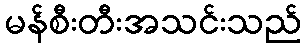
မန်စီးတီးအသင်းသည်